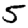
Digit: 5